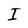
Character: I